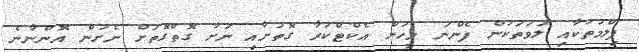
ފިލްމުތަކާއި ލަވަތަކުން ފެންނަ މީހުން އެކްޓްކުރާ ގޮތަށާއި ނަށާ ގޮތްގޮތަށް ނެށުން އޮންނާނެ